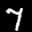
Label: 7